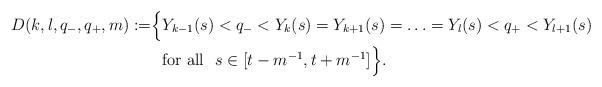
LaTeX: \begin{align*}D(k, l, q_-, q_+, m) :=& \Bigl\{Y_{k-1}(s) < q_- < Y_k(s) = Y_{k+1}(s) = \ldots = Y_l(s) < q_+ < Y_{l+1}(s)\\ & \ \ \mbox{for all}\ \ s \in [t - m^{-1}, t + m^{-1}]\Bigr\}.\end{align*}